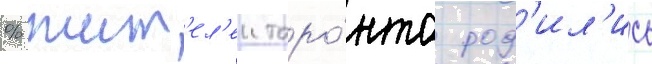
% жит'ел'еи торо́нто род'ил'ись